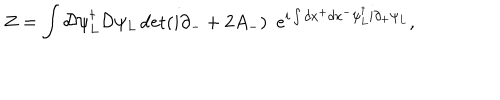
LaTeX: Z = \int { \cal D } \psi _ { L } ^ { \dagger } { \cal D } \psi _ { L } \det ( i \partial _ { - } + 2 A _ { - } ) \, \, \, e ^ { i \int d x ^ { + } d x ^ { - } \psi _ { L } ^ { \dagger } i \partial _ { + } \psi _ { L } } ,